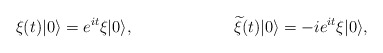
\begin{align*}\xi(t)|0 \rangle = e^{it} \xi|0 \rangle,\hspace{1.0in}{\widetilde \xi}(t)|0 \rangle =-i e^{it} \xi|0 \rangle,\end{align*}